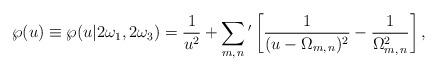
LaTeX: \begin{align*}\wp(u)\equiv\wp(u| 2\omega_1,2\omega_3)={1\over{u^2}}+ \sum_{m,\,n}{}^\prime\left[{1\over{(u-\Omega_{m,\,n})^2}}- {1\over{\Omega_{m,\,n}^2}}\right], \end{align*}